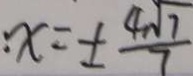
x = \pm \frac { 4 \sqrt { 7 } } { 7 }